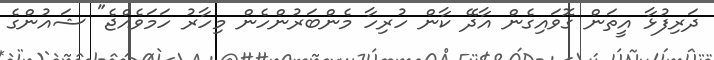
ދަރިފުޅާ އީތަން ގޮވައިގެން އާދޭ ކާން ހުރިހާ މެންބަރުންހެން މިހާރު ހަމަވެއްޖެ" ޝައުންގެ